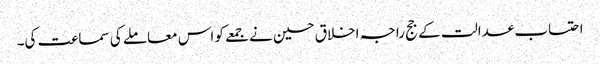
احتساب عدالت کے جج راجہ اخلاق حسین نے جمعے کو اس معاملے کی سماعت کی۔